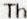
TH